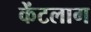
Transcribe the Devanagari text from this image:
केंटलाग